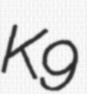
K9